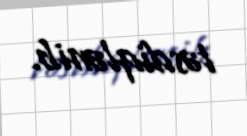
təsdiqlənib.